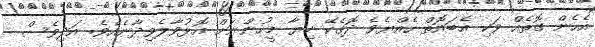
އެހެން ގޮތެއް ވަކި އެބައޮތް ހެއްޔެވެ ދޮގެކޭ ކިޔާ މީހުންނަށް އޮޅުވާލެވިދާނެއެވެ. އަދިވެސް